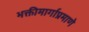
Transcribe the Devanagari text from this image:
भक्तीमार्गाप्रमाणे